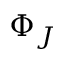
\Phi _ { J }